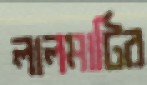
লালমাটির